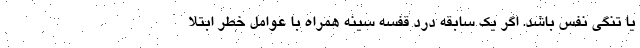
یا تنگی نفس باشد. اگر یک سابقه درد قفسه سینه همراه با عوامل خطر ابتلا